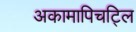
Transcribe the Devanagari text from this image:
अकामापिचट्लि